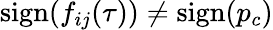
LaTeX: \mathrm{sign}(f_{ij}(\tau))\ne\mathrm{sign}(p_{c})